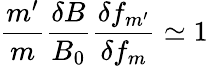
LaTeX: \frac{m^{\prime}}{m}\frac{\delta B}{B_{0}}\frac{\delta f_{m^{\prime}}}{\delta f_{m}}\simeq 1